Document type: Sale
Year: 1326
Scribe: Bartomeu Marc
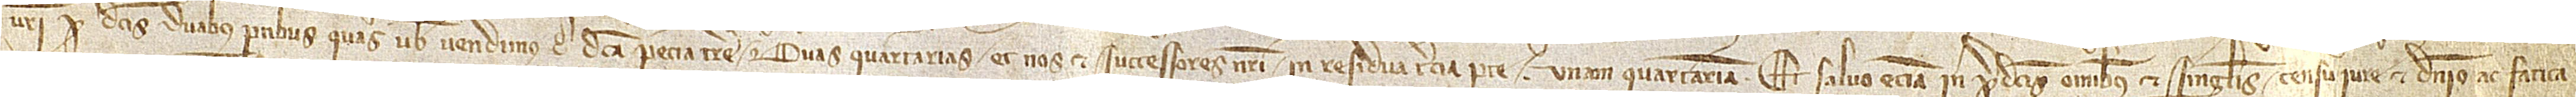
vestri pro dictis duabus partibus quas vobis vendimus de dicta pecia terre duas quartarias; et nos et successores nostri in residua pecia terre unam quartariam. Et salvo etiam in predictis omnibus et singulis censu, iure, dominio ac fatica